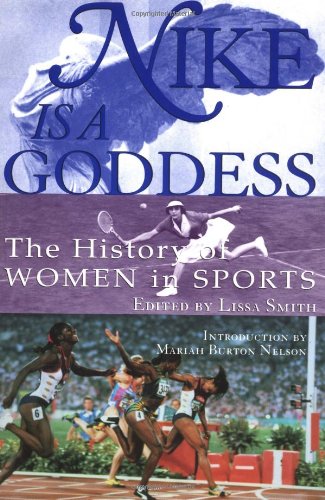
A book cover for Nike Is a Goddess: The History of Women in Sports; Lucy Danziger; Sports & Outdoors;